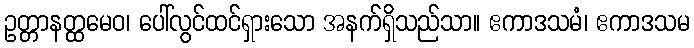
ဥတ္တာနတ္ထမေဝ၊ ပေါ်လွင်ထင်ရှားသော အနက်ရှိသည်သာ။ ဧကာဒသမံ၊ ဧကာဒသမ